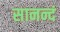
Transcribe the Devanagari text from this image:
सानन्दं